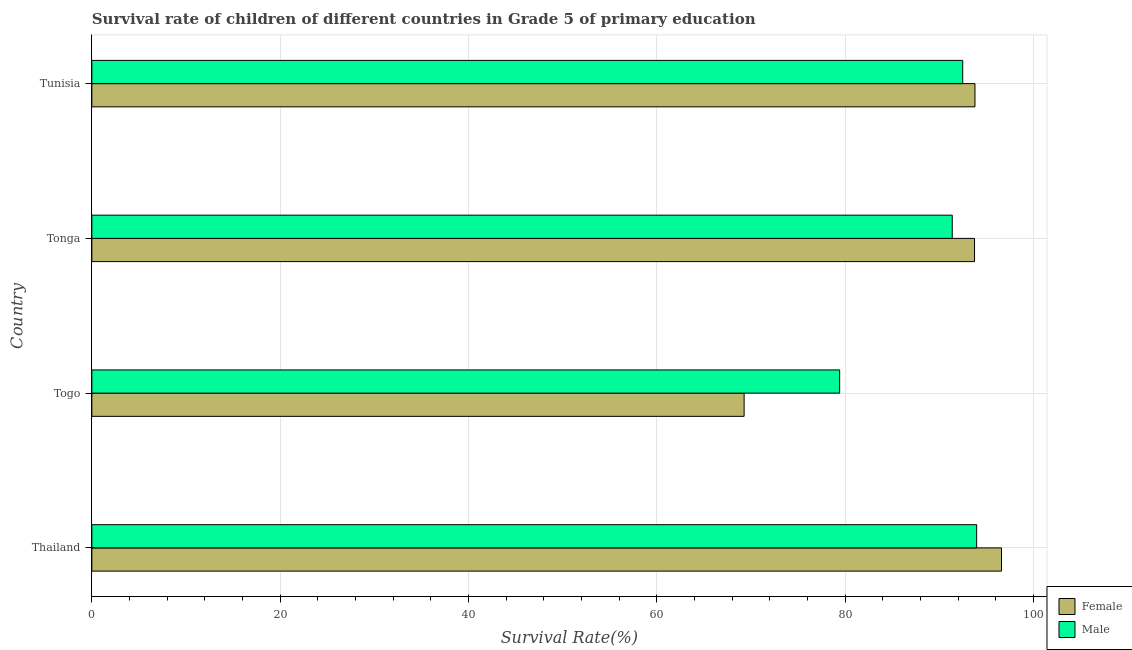
| Country | Female | Male |
 | --- | --- | --- |
 | Thailand | 96.6 | 94 |
 | Togo | 69.3 | 79.4 |
 | Tonga | 93.7 | 91.4 |
 | Tunisia | 93.8 | 92.5 |